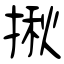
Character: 揪